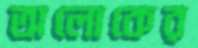
অলোকের